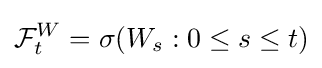
{\mathcal {F}}_{t}^{W}=\sigma (W_{s}:0\leq s\leq t)